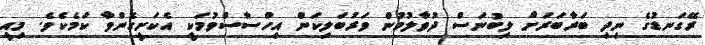
ރޭގަނޑުގެ ނިދި ބަރާބަރަށް ލިބުނަސް ދުވާލުމުން ވަރުބަލިކަން އިހްސާސްވުމަކީ އެކަށީގެންވާ ކަމެކެވެ. މިއީ